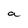
Character: a